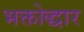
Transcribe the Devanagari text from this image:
भक्तोद्धार